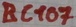
Text: BC107